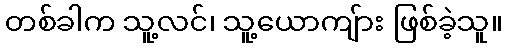
တစ်ခါက သူ့လင်၊ သူ့ယောကျ်ား ဖြစ်ခဲ့သူ။